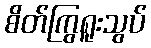
စိတ်ကြွရူးသွပ်